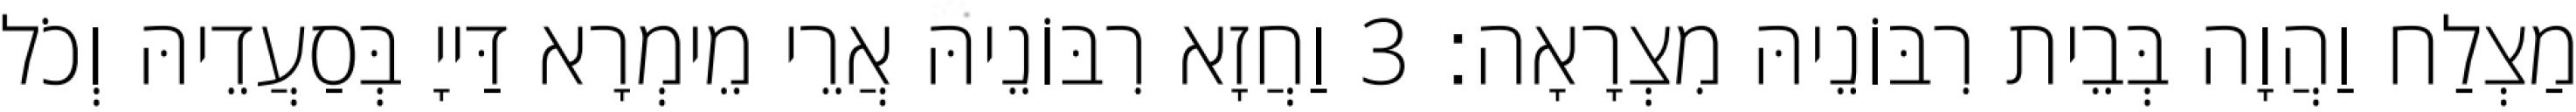
מַצְלַח וַהֲוָה בְּבֵית רִבּוֹנֵיהּ מִצְרָאָה׃ 3 וַחֲזָא רִבּוֹנֵיהּ אֲרֵי מֵימְרָא דַּייָ בְּסַעֲדֵיהּ וְכֹל